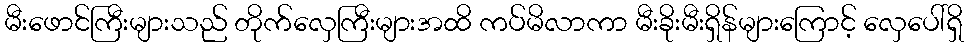
မီးဖောင်ကြီးများသည် တိုက်လှေကြီးများအထိ ကပ်မိလာကာ မီးခိုးမီးရှိန်များကြောင့် လှေပေါ်ရှိ